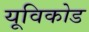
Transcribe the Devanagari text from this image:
यूविकोड